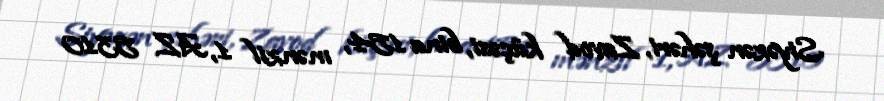
Siyəzən şəhəri, Zavod küçəsi, bina 154, mənzil 1, AZ 5310